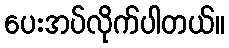
ပေးအပ်လိုက်ပါတယ်။